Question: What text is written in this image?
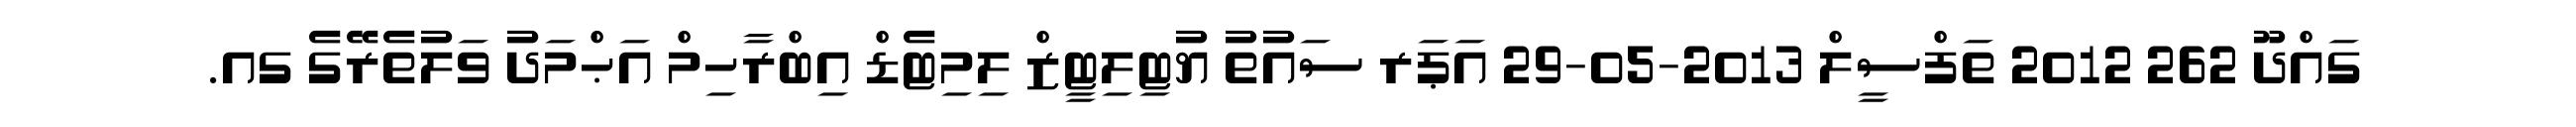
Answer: ގައްދޫ 262 2012 ތަފްސީލް 2013-05-29 އަޕަރ ސައުތު ޔުޓިލިޓީޒް ލިމިޓެޑް އިބްރާހިމް އަޙްމަދު ވަލުތެރޭގެ ގއ.